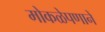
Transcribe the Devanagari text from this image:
मोकळेपणानें